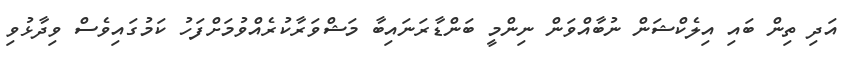
އަދި ތިން ބައި އިލެކްޝަން ނުބާއްވަން ނިންމީ ބަންޑާރަނައިބާ މަޝްވަރާކުރެއްވުމަށްފަހު ކަމުގައިވެސް ވިދާޅުވި